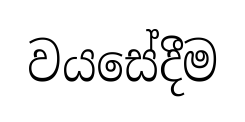
වයසේදීම